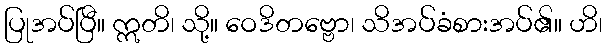
ပြုအပ်ပြီ။ ဣတိ၊ သို့။ ဝေဒိတဗ္ဗော၊ သိအပ်ခံစားအပ်၏။ ဟိ၊